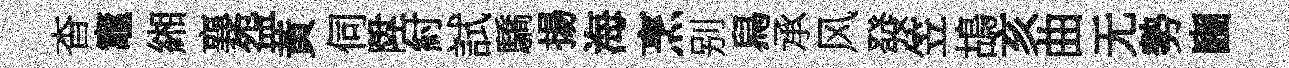
杳竈緗襄盌黃伺陞紂試驕揚海烹别舄承风發笠鴣亥曲无勢豳